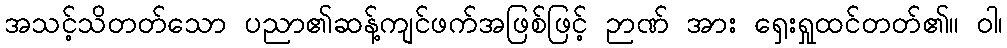
အသင့်သိတတ်သော ပညာ၏ဆန့်ကျင်ဖက်အဖြစ်ဖြင့် ဉာဏ် အား ရှေးရှုထင်တတ်၏။ ဝါ၊